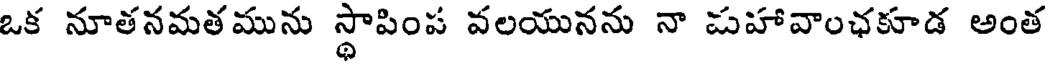
ఒక నూతనమతమును స్థాపింప వలయునను నా పహావాంఛకూడ అంత